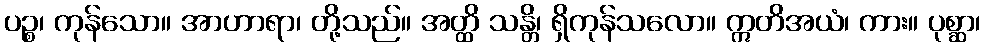
ပဉ္စ၊ ကုန်သော။ အာဟာရာ၊ တို့သည်။ အတ္ထိ သန္တိ၊ ရှိကုန်သလော။ ဣတိအယံ၊ ကား။ ပုစ္ဆာ၊